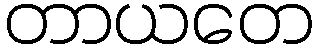
တာယတေ